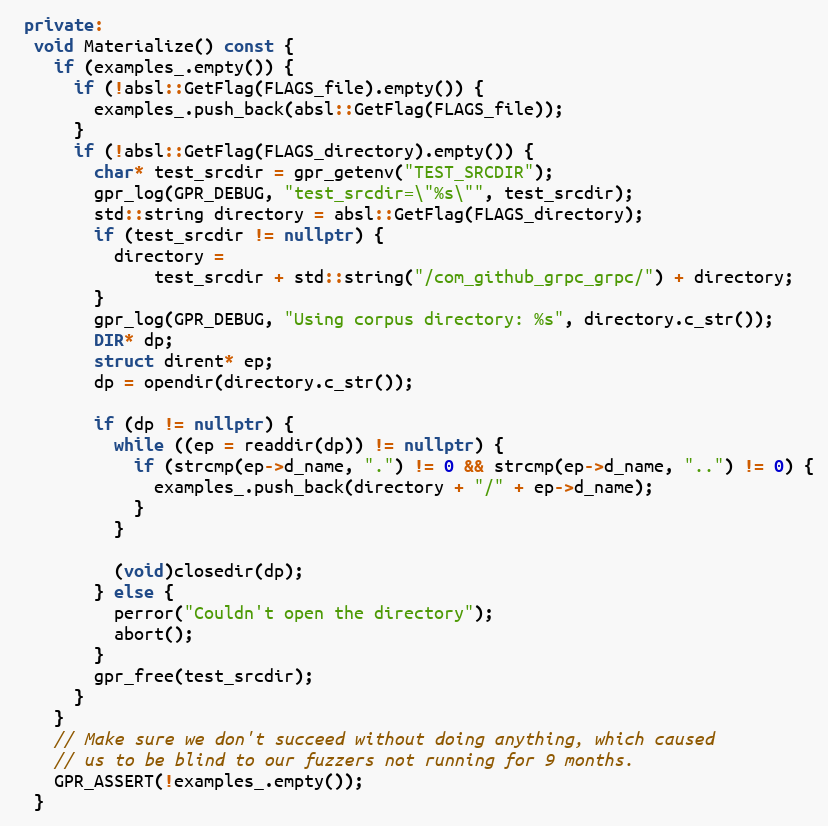
Language: C++
 private:
  void Materialize() const {
    if (examples_.empty()) {
      if (!absl::GetFlag(FLAGS_file).empty()) {
        examples_.push_back(absl::GetFlag(FLAGS_file));
      }
      if (!absl::GetFlag(FLAGS_directory).empty()) {
        char* test_srcdir = gpr_getenv("TEST_SRCDIR");
        gpr_log(GPR_DEBUG, "test_srcdir=\"%s\"", test_srcdir);
        std::string directory = absl::GetFlag(FLAGS_directory);
        if (test_srcdir != nullptr) {
          directory =
              test_srcdir + std::string("/com_github_grpc_grpc/") + directory;
        }
        gpr_log(GPR_DEBUG, "Using corpus directory: %s", directory.c_str());
        DIR* dp;
        struct dirent* ep;
        dp = opendir(directory.c_str());

        if (dp != nullptr) {
          while ((ep = readdir(dp)) != nullptr) {
            if (strcmp(ep->d_name, ".") != 0 && strcmp(ep->d_name, "..") != 0) {
              examples_.push_back(directory + "/" + ep->d_name);
            }
          }

          (void)closedir(dp);
        } else {
          perror("Couldn't open the directory");
          abort();
        }
        gpr_free(test_srcdir);
      }
    }
    // Make sure we don't succeed without doing anything, which caused
    // us to be blind to our fuzzers not running for 9 months.
    GPR_ASSERT(!examples_.empty());
  }